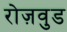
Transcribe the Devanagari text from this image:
रोज़वुड